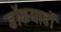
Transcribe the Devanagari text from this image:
डॉकयाडों